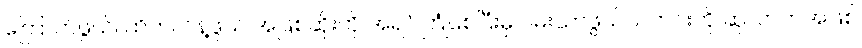
ကြောက်ဖွယ်၊ ထိတ်လန့်ဖွယ် အဖြစ်ဆိုးကို အရင်ကြုံစေပြီးမှ ဝမ်းသာဖွယ်သတင်းကို ဆုလာဘ်အဖြစ်